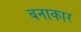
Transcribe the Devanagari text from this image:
बनाकार